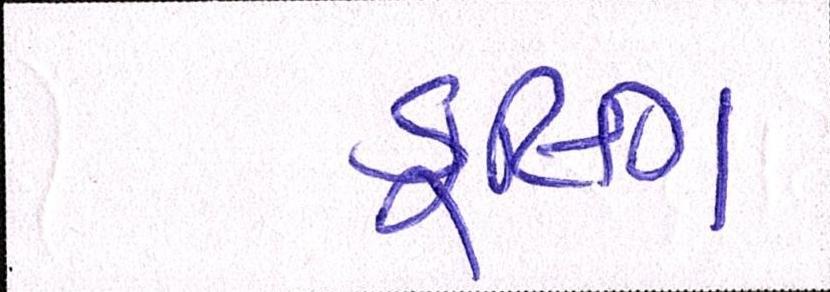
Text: કૂલિંગ